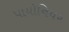
પાયોનિયર